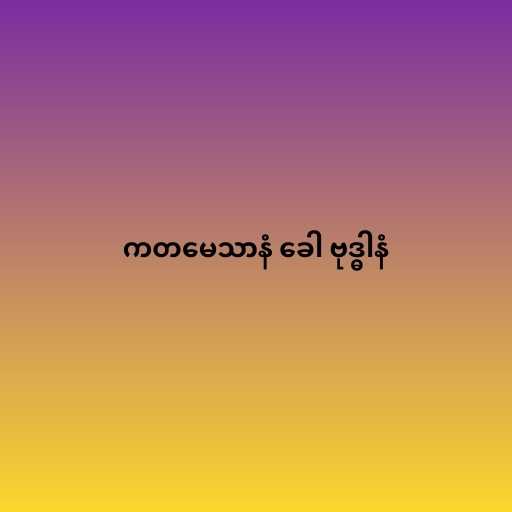
ကတမေသာနံ ခေါ ဗုဒ္ဓါနံ